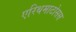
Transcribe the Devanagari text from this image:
एरिथमाटोसस